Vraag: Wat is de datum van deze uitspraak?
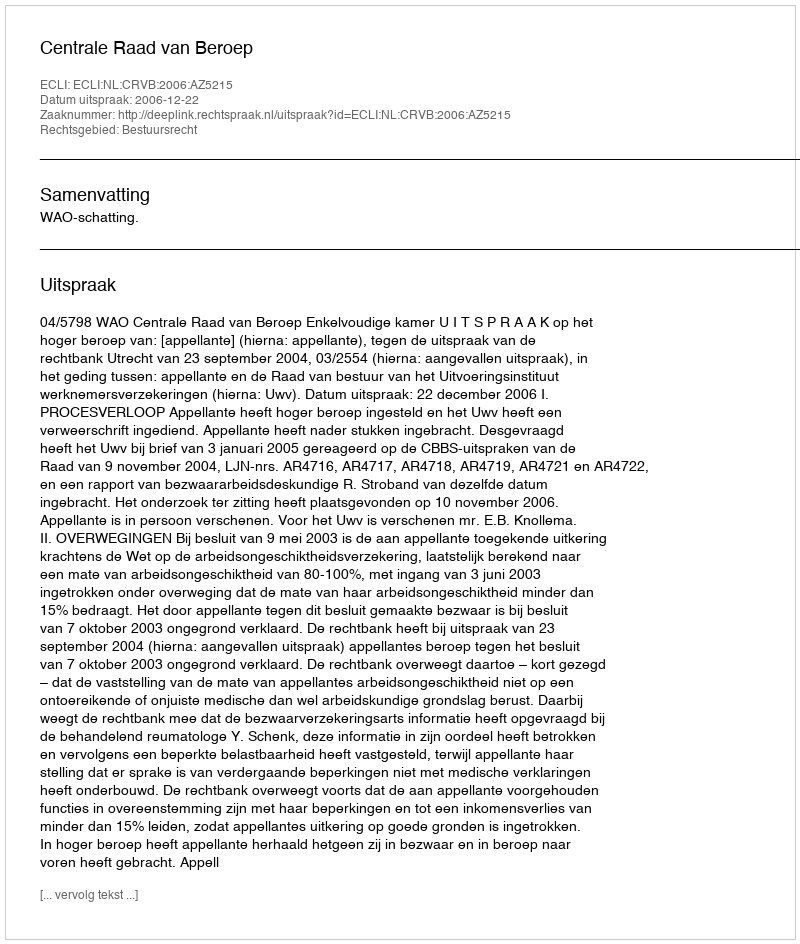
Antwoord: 2006-12-22